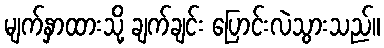
မျက်နှာထားသို့ ချက်ချင်း ပြောင်းလဲသွားသည်။